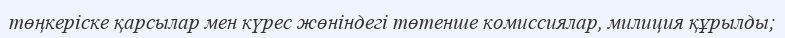
төңкеріске қарсылар мен күрес жөніндегі төтенше комиссиялар, милиция құрылды;